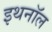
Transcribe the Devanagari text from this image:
इथनॉल